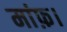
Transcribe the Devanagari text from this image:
मांफ़।